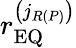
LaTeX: r_{\mathrm{EQ}}^{\left(j_{R\left(P\right)}\right)}